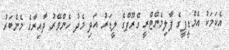
އެކަމަކު އެމްޑީޕީގެ ޕާލިމެންޓްރީ ގްރޫޕްގެ ލީޑަރު އަދި މެދު ހެންވޭރު ދާއިރާގެ މެންބަރު